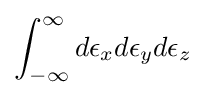
\int _{-\infty }^{\infty }d\epsilon _{x}d\epsilon _{y}d\epsilon _{z}